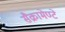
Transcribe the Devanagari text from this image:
सैक्रामेण्टे